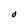
Character: O